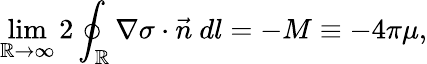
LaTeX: \operatorname*{lim}_{\mathbb{R}\to\infty}2\oint_{\mathbb{R}}\nabla\sigma\cdot\vec{{n}}~dl=-M\equiv-4\pi\mu,